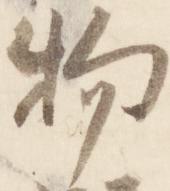
物